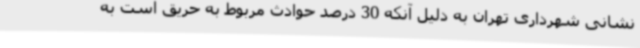
نشانی شهرداری تهران به دلیل آنکه 30 درصد حوادث مربوط به حریق است به